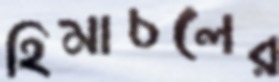
হিমাচলের